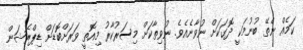
ކަމެއް ނެތޭ ބުނުމަކީ ދޮގަކަށް ނުވާނެއެވެ. ނުވިތާކަށް މިސަރުކާރު މިއޮތީ ވަރަށްބޮޑަށް ޑިޕްރެޝަން